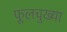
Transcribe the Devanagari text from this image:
फूलचुख्या